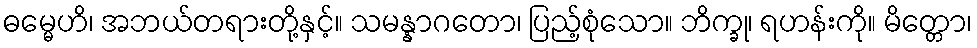
ဓမ္မေဟိ၊ အဘယ်တရားတို့နှင့်။ သမန္နာဂတော၊ ပြည့်စုံသော။ ဘိက္ခု၊ ရဟန်းကို။ မိတ္တော၊